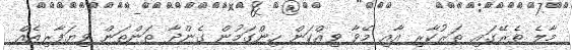
މާލެ ތެރޭގައި ތަރުކާރި އާއި މޭވާ ވިއްކަން ހިންގަމުން ގެންދާ ތަންތަން ވިޔަފާރިއެއް